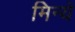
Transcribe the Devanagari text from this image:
मिन्ये